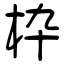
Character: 枠